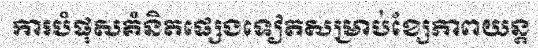
ការបំផុសគំនិតផ្សេងទៀតសម្រាប់ខ្សែភាពយន្ត